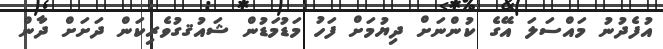
އުފެދުނު މައްސަލަ އޭގެ ކުންނަށް ދިޔުމަށް ފަހު މަޑުމަޑުން ޝައުޤގުވެރިކަން ދަށަށް ދާން